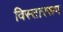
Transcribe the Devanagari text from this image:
विस्ताररूप